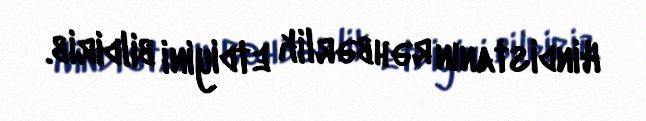
Hindistanın rəhbərlik etdiyini bildirib.